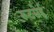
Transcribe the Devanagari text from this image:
रूटसेई